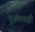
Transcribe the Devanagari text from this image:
तुरुंगातही